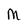
Character: M